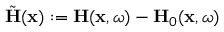
\tilde { \mathbf { H } } ( \mathbf { x } ) : = \mathbf { H } ( \mathbf { x } , \omega ) - \mathbf { H } _ { 0 } ( \mathbf { x } , \omega )